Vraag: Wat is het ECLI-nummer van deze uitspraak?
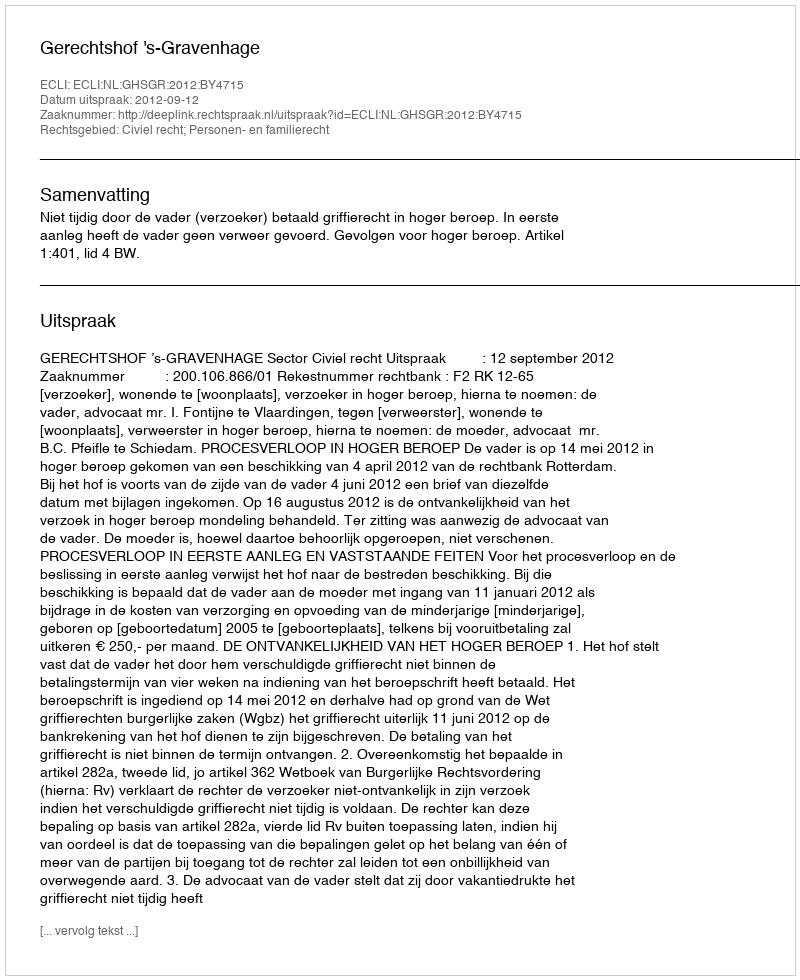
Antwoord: ECLI:NL:GHSGR:2012:BY4715